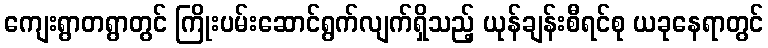
ကျေးရွာတရွာတွင် ကြိုးပမ်းဆောင်ရွက်လျက်ရှိသည့် ယုန်ချန်းစီရင်စု ယခုနေရာတွင်